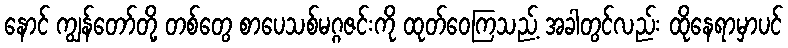
နောင် ကျွန်တော်တို့ တစ်တွေ စာပေသစ်မဂ္ဂဇင်းကို ထုတ်ဝေကြသည့် အခါတွင်လည်း ထိုနေရာမှာပင်